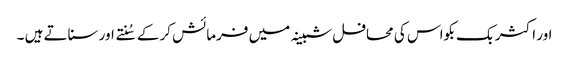
اور اکثر بک بکواس کی محافل شبینہ میں فرمائش کرکے سُنتے اور سناتے ہیں ۔